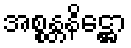
အစ္စန္တနိဋ္ဌော